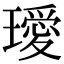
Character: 璦